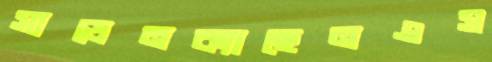
সাডেনক্যাছেনএস